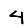
Digit: 4